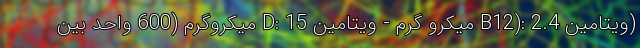
(ویتامین B12): 2.4 میکرو گرم - ویتامین D: 15 میکروگرم (600 واحد بین